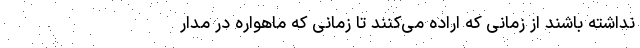
نداشته باشند از زمانی که اراده می‌کنند تا زمانی که ماهواره در مدار